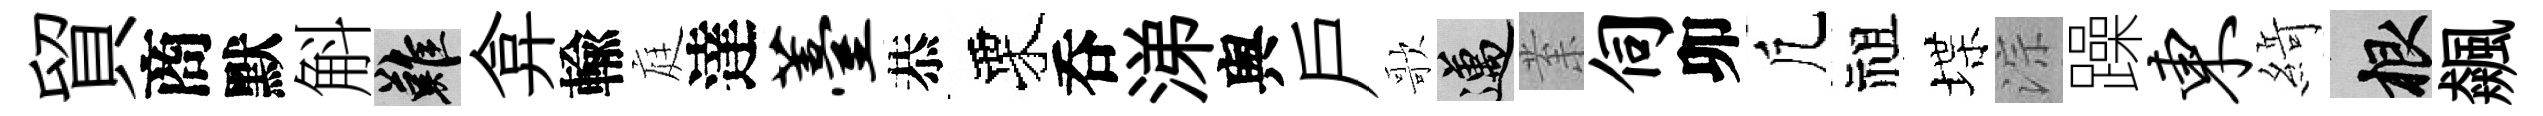
貿商默斛難弇輸庭達薹恭栗呑涕舆戶歌邁𭪙伺卯凢祖堞淙躁东𦂶根飆